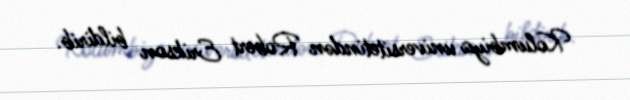
Kolumbiya universitetindən Robert Erikson bildirib.